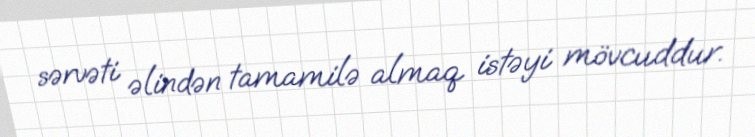
sərvəti əlindən tamamilə almaq istəyi mövcuddur.